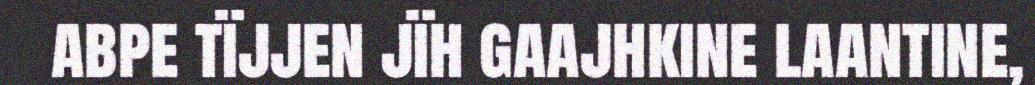
abpe tïjjen jïh gaajhkine laantine,